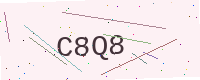
Text: C8Q8